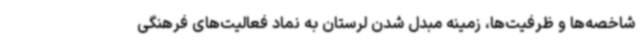
شاخصه‌ها و ظرفیت‌ها، زمینه مبدل شدن لرستان به نماد فعالیت‌های فرهنگی